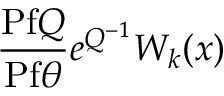
\frac { \mathrm { P f } Q } { \mathrm { P f } \theta } e ^ { \l Q ^ { - 1 } } W _ { k } ( x )